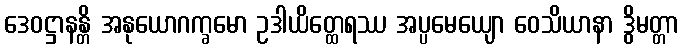
ဒေဝဋ္ဌာနန္တိ အနုယောဂက္ခမော ဥဒါယိတ္ထေရဿ အပ္ပမေယျော ဝေသိယာနာ ဒွိမတ္တာ